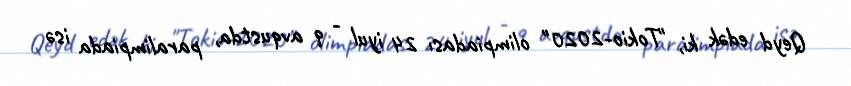
Qeyd edək ki, "Tokio-2020" olimpiadası 24 iyul - 9 avqustda, paralimpiada isə